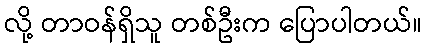
လို့ တာဝန်ရှိသူ တစ်ဦးက ပြောပါတယ်။